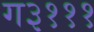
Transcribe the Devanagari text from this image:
ग३१११